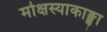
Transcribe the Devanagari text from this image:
मोक्षस्याकाङ्क्षा